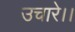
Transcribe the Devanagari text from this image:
उचारे।।